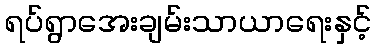
ရပ်ရွာအေးချမ်းသာယာရေးနှင့်